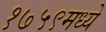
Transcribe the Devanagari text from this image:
१७५९मध्ये